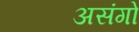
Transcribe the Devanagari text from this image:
असंगो